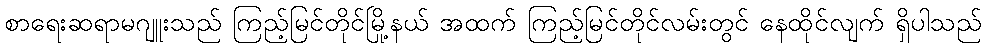
စာရေးဆရာမဂျူးသည် ကြည့်မြင်တိုင်မြို့နယ် အထက် ကြည့်မြင်တိုင်လမ်းတွင် နေထိုင်လျက် ရှိပါသည်